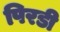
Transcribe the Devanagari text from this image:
पिरडी